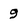
Character: 9